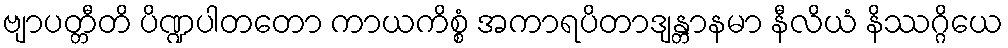
ဗျာပတ္တီတိ ပိဏ္ဍပါတတော ကာယကိစ္စံ အကာရပိတာဒျန္တာနမာ နီလိယံ နိဿဂ္ဂိယေ